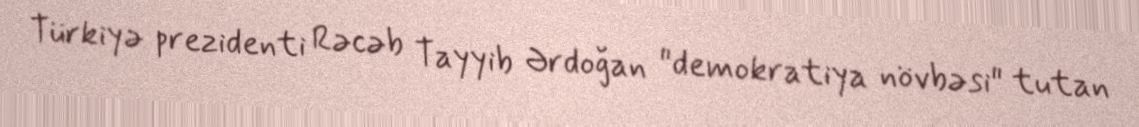
Türkiyə prezidenti Rəcəb Tayyib Ərdoğan "demokratiya növbəsi" tutan